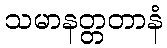
သမာနတ္တတာနံ